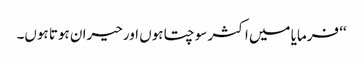
‘‘ فرمایا میں اکثر سوچتا ہوں اور حیران ہوتا ہوں۔